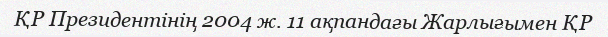
ҚР Президентінің 2004 ж. 11 ақпандағы Жарлығымен ҚР